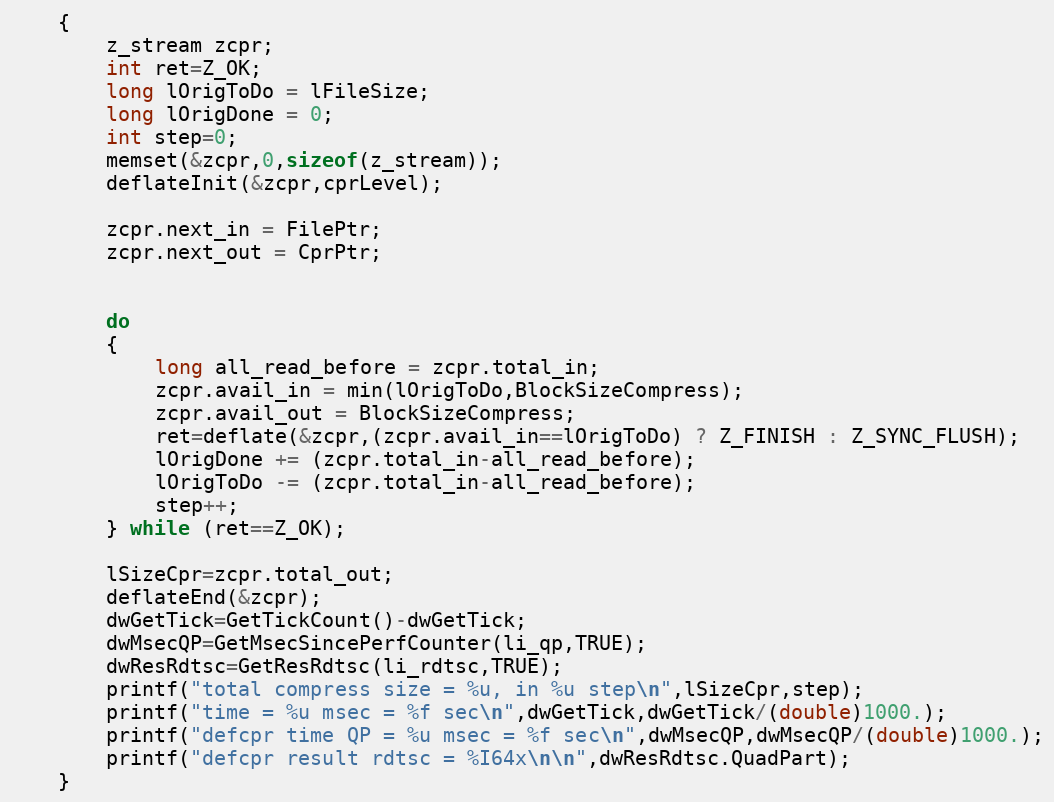
Language: C
    {
        z_stream zcpr;
        int ret=Z_OK;
        long lOrigToDo = lFileSize;
        long lOrigDone = 0;
        int step=0;
        memset(&zcpr,0,sizeof(z_stream));
        deflateInit(&zcpr,cprLevel);

        zcpr.next_in = FilePtr;
        zcpr.next_out = CprPtr;

        do
        {
            long all_read_before = zcpr.total_in;
            zcpr.avail_in = min(lOrigToDo,BlockSizeCompress);
            zcpr.avail_out = BlockSizeCompress;
            ret=deflate(&zcpr,(zcpr.avail_in==lOrigToDo) ? Z_FINISH : Z_SYNC_FLUSH);
            lOrigDone += (zcpr.total_in-all_read_before);
            lOrigToDo -= (zcpr.total_in-all_read_before);
            step++;
        } while (ret==Z_OK);

        lSizeCpr=zcpr.total_out;
        deflateEnd(&zcpr);
        dwGetTick=GetTickCount()-dwGetTick;
        dwMsecQP=GetMsecSincePerfCounter(li_qp,TRUE);
        dwResRdtsc=GetResRdtsc(li_rdtsc,TRUE);
        printf("total compress size = %u, in %u step\n",lSizeCpr,step);
        printf("time = %u msec = %f sec\n",dwGetTick,dwGetTick/(double)1000.);
        printf("defcpr time QP = %u msec = %f sec\n",dwMsecQP,dwMsecQP/(double)1000.);
        printf("defcpr result rdtsc = %I64x\n\n",dwResRdtsc.QuadPart);
    }